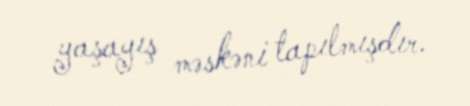
yaşayış məskəni tapılmışdır.